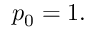
p _ { 0 } = 1 .